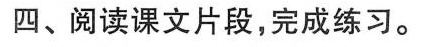
四、阅读课文片段，完成练习。